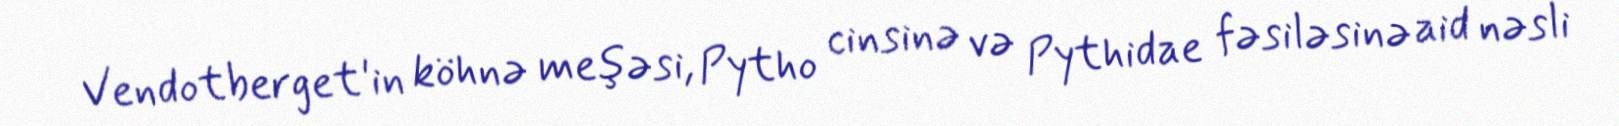
Vendotberget'in köhnə meşəsi, Pytho cinsinə və Pythidae fəsiləsinə aid nəsli